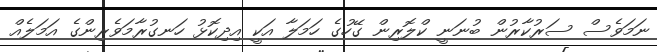
ނަމަވެސް ސަރުކާރުން ބުނަނީ ކްލޮރިން ގޭހުގެ ހަމަލާ އަކީ އިދިކޮޅު ހަނގުރާމަވެރިންގެ އަމަލެއް